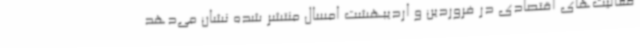
فعالیت‌های اقتصادی در فروردین و اردیبهشت امسال منتشر شده نشان می‌دهد